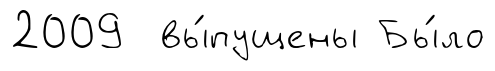
2009 вы́пущены Бы́ло